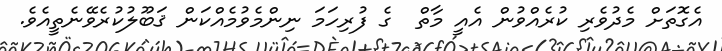
އެގޮތަށް މެދުވެރި ކުރެއްވުން އެއީ މާތް  ގެ ފުރިހަމަ ނިންމެވުމެއްކަން ޤަބޫލުކުރެވޭނެތީއެވެ.